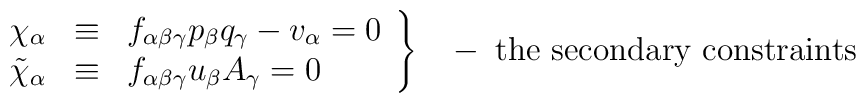
\left.\begin{array}{ccl}\chi_{\alpha}&\equiv& f_{\alpha \beta \gamma}p_{\beta}q_{\gamma} - v_{\alpha}=0  \\\tilde{\chi}_{\alpha}&\equiv& f_{\alpha \beta \gamma}u_{\beta}A_{\gamma}=0 \end{array}\right\}\;\;\;-\;\hbox{the secondary constraints}